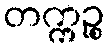
တက္ကဉ္စ